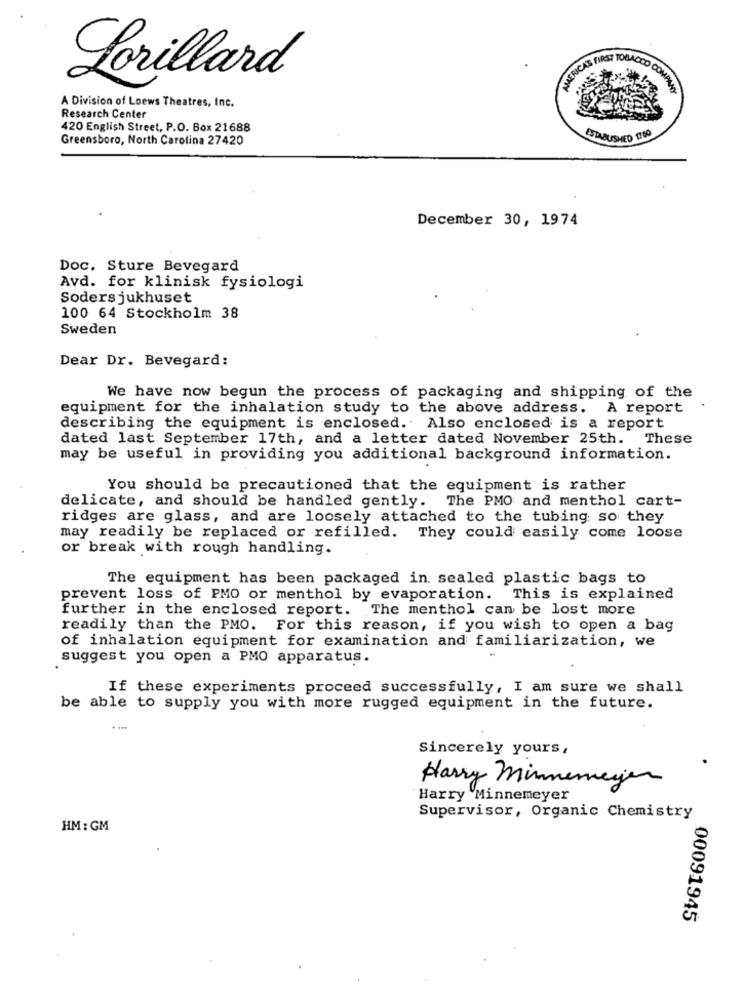
TILRICAS FIRST TOBACCO COM
Lorillard
A Division of Loews Theatres, Inc.
Research Center
420 English Street, P.O. Box 21688
Greensboro, North Carolina 27420
ESTABUSHED 1760
December 30, 1974
Doc. Sture Bevegard
Avd. for klinisk fysiologi
Sodersjukhuset
100 64 Stockholm 38
Sweden
Dear Dr. Bevegard:
We have now begun the process of packaging and shipping of the
equipment for the inhalation study to the above address. A report
describing the equipment is enclosed. Also enclosed is a report
dated last September 17th, and a letter dated November 25th. These
may be useful in providing you additional background information.
You should be precautioned that the equipment is rather
delicate, and should be handled gently. The PMO and menthol cart-
ridges are glass, and are loosely attached to the tubing so they
may readily be replaced or refilled. They could easily come loose
or break with rough handling.
The equipment has been packaged in. sealed plastic bags to
prevent loss of PMO or menthol by evaporation. This is explained
further in the enclosed report. The menthol can be lost more
readily than the PMO. For this reason, if you wish to open a bag
of inhalation equipment for examination and familiarization, we
suggest you open a PMO apparatus.
If these experiments proceed successfully, I am sure we shall
be able to supply you with more rugged equipment in the future.
Sincerely yours,
Harry Minnemegen
Harry Minnemeyer
Supervisor, Organic Chemistry
HM : GM
00091945